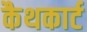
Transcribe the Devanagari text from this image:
कैथकार्ट